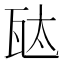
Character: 𬎦